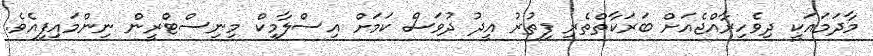
މާދަމައަކީ ދިވެހިރާއްޖެއަށް ބަރަކާތްތެރި ފިތުރު އީދު ދުވަސް ކަމަށް އިސްލާމިކް މިނިސްޓްރީން ނިންމައިފިއެވެ.